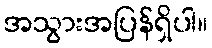
အသွားအပြန်ရှိပါ။